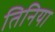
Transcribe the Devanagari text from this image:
तिनिया